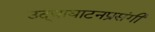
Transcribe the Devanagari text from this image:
उद्‌घाघाटनप्रसंगी